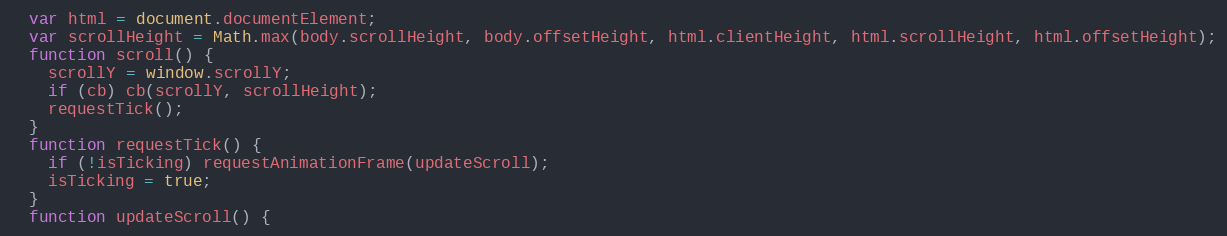
Language: JavaScript
  var html = document.documentElement;
  var scrollHeight = Math.max(body.scrollHeight, body.offsetHeight, html.clientHeight, html.scrollHeight, html.offsetHeight);
  function scroll() {
    scrollY = window.scrollY;
    if (cb) cb(scrollY, scrollHeight);
    requestTick();
  }
  function requestTick() {
    if (!isTicking) requestAnimationFrame(updateScroll);
    isTicking = true;
  }
  function updateScroll() {